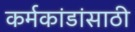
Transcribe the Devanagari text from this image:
कर्मकांडांसाठी